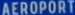
AEROPORT